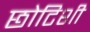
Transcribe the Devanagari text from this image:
छोटिशी